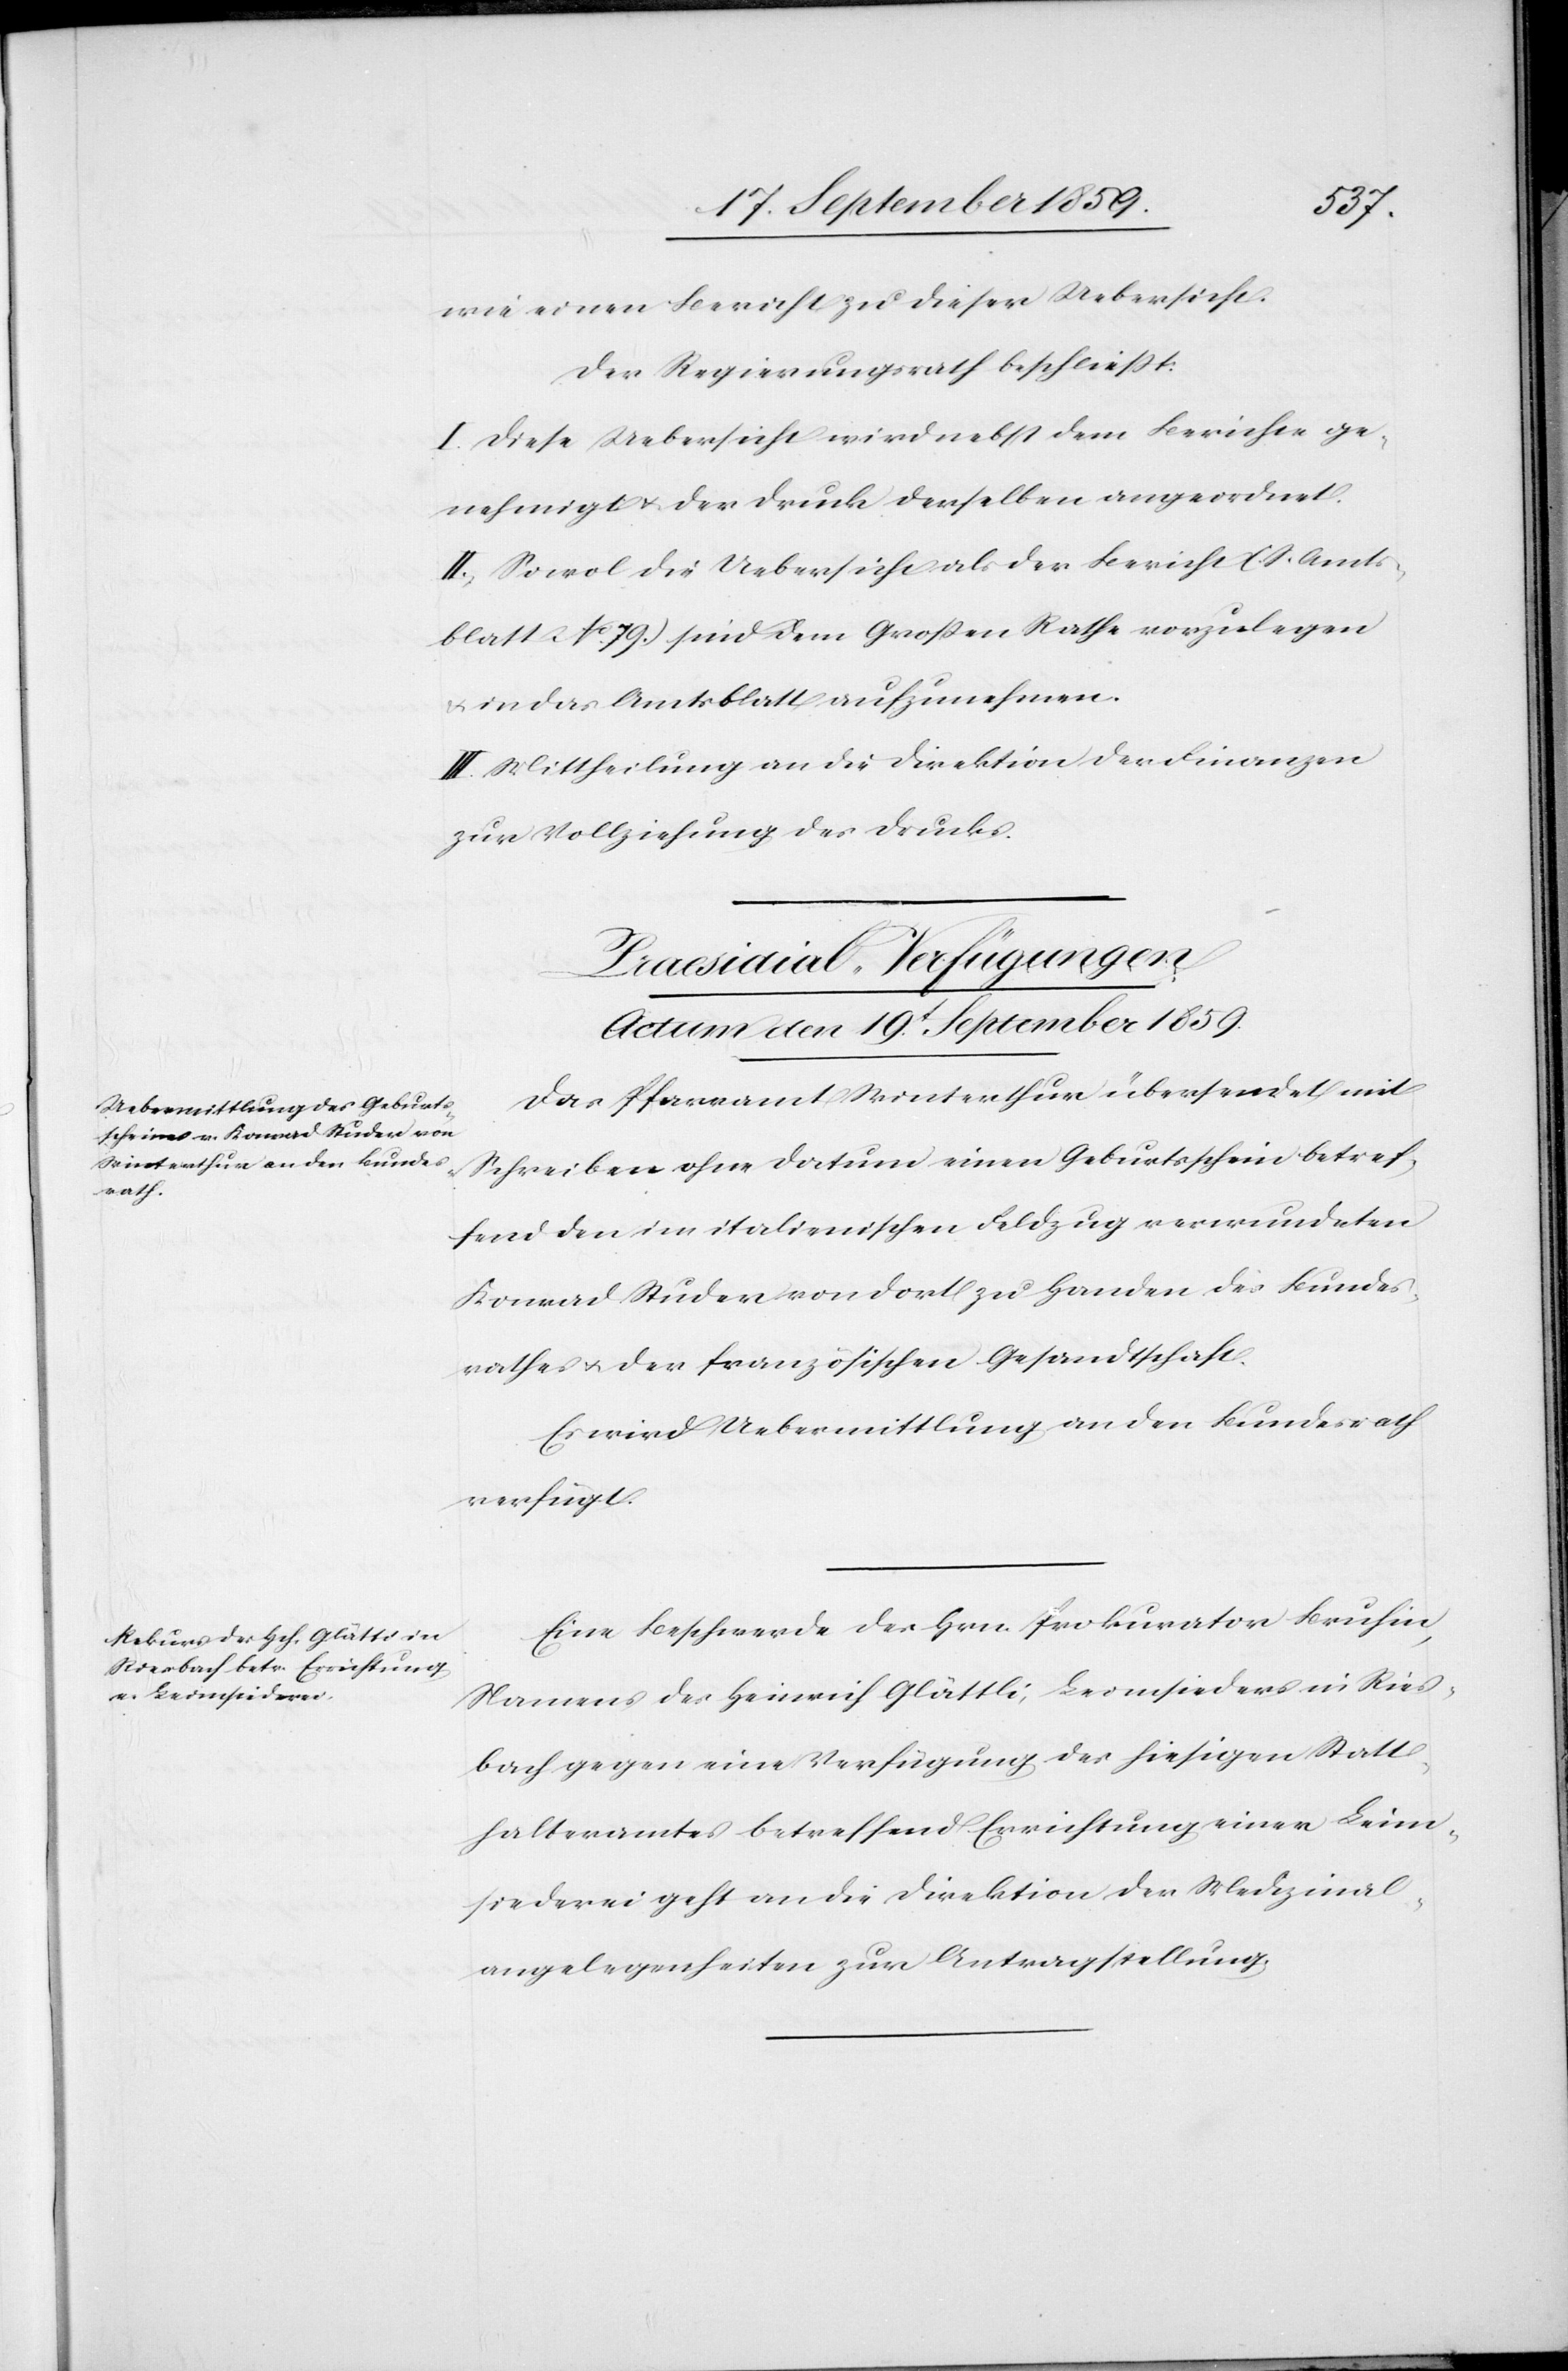
wie einen Bericht zu dieser Uebersicht.
Der Regierungsrath beschließt:
I. Diese Uebersicht wird nebst dem Berichte ge¬
nehmigt & der Druck derselben angeordnet.
II. Sowol die Uebersicht als der Bericht (S. Amts¬
blatt No. 79.) sind dem Großen Rathe vorzulegen
in das Amtsblatt aufzunehmen.
III. Mittheilung an die Direktion der Finanzen
zur Vollziehung des Drucks.
[Praesidial-Verfügungen
Actum den 19t. September 1859.]
Das Pfarramt Winterthur übersendet mit
Schreiben ohne Datum einen Geburtsschein betref¬
fend den im italienischen Feldzug verwundeten
Konrad Studer von dort zu Handen des Bundes¬
rathes & der französischen Gesandtschaft.
Es wird Uebermittlung an den Bundesrath
verfügt.
Eine Beschwerde des Hrn. Prokurator Bruhin,
Namens des Heinrich Glättli [sic!], Leimsieders in Ries¬
bach gegen eine Verfügung des hiesigen Statt¬
halteramtes betreffend Errichtung einer Leim¬
siederei geht an die Direktion der Medizinal¬
angelegenheiten zur Antragstellung.